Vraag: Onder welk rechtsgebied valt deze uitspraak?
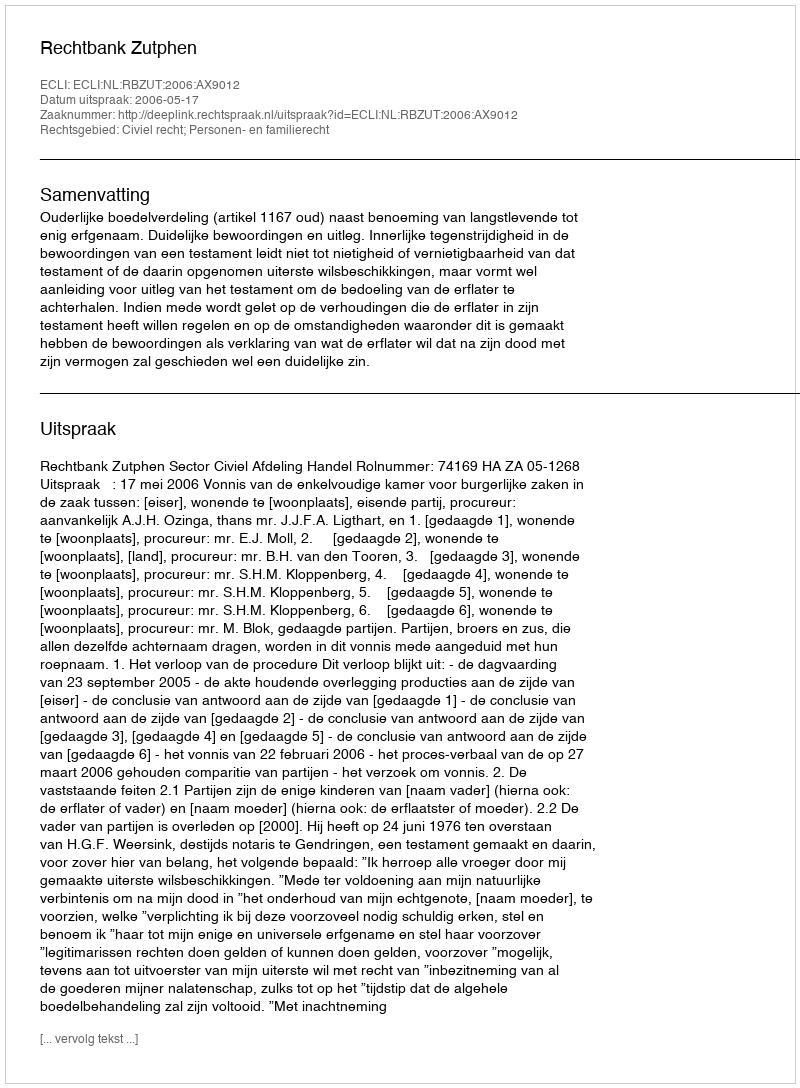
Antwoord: Civiel recht; Personen- en familierecht